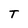
Character: T